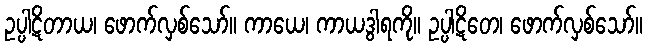
ဥပ္ပါဋိတာယ၊ ဖောက်လှစ်သော်။ ကာယေ၊ ကာယဒွါရကို။ ဥပ္ပါဋိတေ၊ ဖောက်လှစ်သော်။